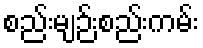
စည်းမျဉ်းစည်းကမ်း